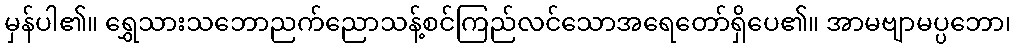
မှန်ပါ၏။ ရွှေသားသဘောညက်ညောသန့်စင်ကြည်လင်သောအရေတော်ရှိပေ၏။ အာမဗျာမပ္ပဘော၊